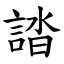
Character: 誻